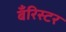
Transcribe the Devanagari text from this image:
बँरिस्टर